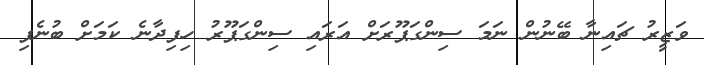
ވަޒީރު ޗައިނާ ބޭނުން ނަމަ ސިންގަޕޫރަށް އަރައި ސިންގަޕޫރު ހިފިދާނެ ކަމަށް ބުނެފި